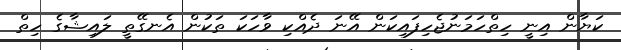
ކަޔާން އިނީ ހިތްހަމަނުޖެހިފައިކަން އޭނަ ދެއްކި ވާހަކަ ތަކުން އެނގޭތީ ލައިޝާގެ ހިތް